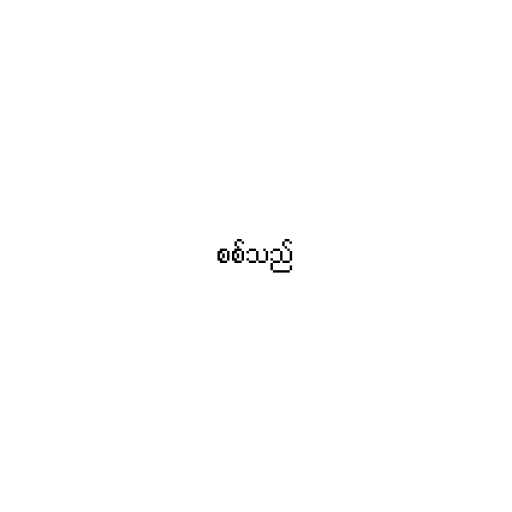
စစ်သည်